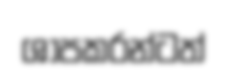
ශාපකරන්ටත්